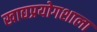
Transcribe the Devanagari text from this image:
खाद्यप्रयोगशाला